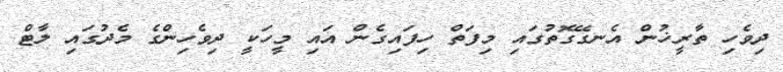
ދިވެހި ތާރީޚުން އެނގޭގޮތުގައި މިފަތް ހިފައިގެން އައި މީހަކީ ދިވެހިންގެ މެދުގައި ލާޓް